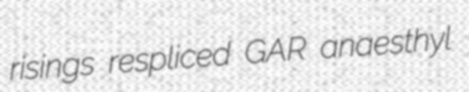
risings respliced GAR anaesthyl